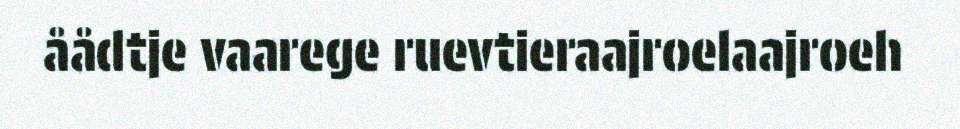
åådtje vaarege ruevtieraajroelaajroeh